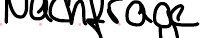
Nachfrage